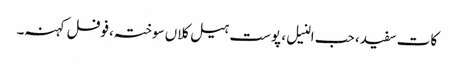
کات سفید، حب النیل، پوست ہیل کلاں سوختہ،فوفل کہنہ۔